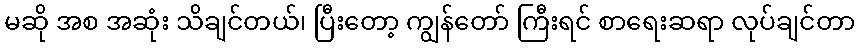
မဆို အစ အဆုံး သိချင်တယ်၊ ပြီးတော့ ကျွန်တော် ကြီးရင် စာရေးဆရာ လုပ်ချင်တာ